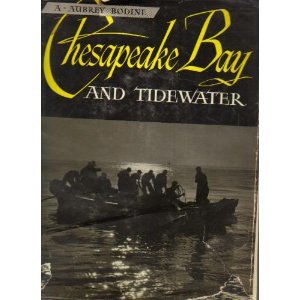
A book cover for Chesapeake Bay and Tidewater; A. Aubrey Bodine; Travel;